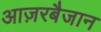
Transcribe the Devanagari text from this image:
आज़रबैजान